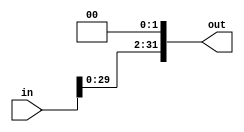
/***************************************************
 * Module: shiftLeft
 * Project: mips32
 * Description: Desloca 2 bits a esquerda (operao lgica)
 ***************************************************/
module shiftLeft(in, out);
	input[31:0] in;
	output[31:0] out;
	
	assign out = in << 2 ;
endmodule